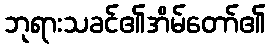
ဘုရားသခင်၏အိမ်တော်၏